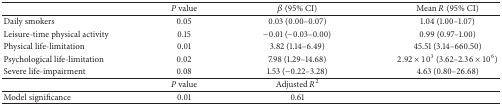
<table><thead><tr><td>[EMPTY_CELL]</td><td><b><i>P</i> value</b></td><td><b><i><i>β</i></i> (95% CI)</b></td><td><b>Mean <i>R</i> (95% CI)</b></td></tr></thead><tbody><tr><td>Daily smokers</td><td>0.05</td><td>0.03 (0.00–0.07)</td><td>1.04 (1.00–1.07)</td></tr><tr><td>Leisure-time physical activity</td><td>0.15</td><td>−0.01 (−0.03–0.00)</td><td>0.99 (0.97–1.00)</td></tr><tr><td>Physical life-limitation </td><td>0.01</td><td>3.82 (1.14–6.49)</td><td>45.51 (3.14–660.50)</td></tr><tr><td>Psychological life-limitation</td><td>0.02</td><td>7.98 (1.29–14.68)</td><td>2.92 × 10<sup>3</sup> (3.62–2.36 × 10<sup>6</sup>)</td></tr><tr><td>Severe life-impairment</td><td>0.08</td><td>1.53 (−0.22–3.28)</td><td>4.63 (0.80–26.68)</td></tr><tr><td>[EMPTY_CELL]</td><td><i>P</i> value</td><td>Adjusted <i>R</i><sup>2</sup></td><td>[EMPTY_CELL]</td></tr><tr><td>Model significance</td><td>0.01</td><td>0.61</td><td>[EMPTY_CELL]</td></tr></tbody></table>